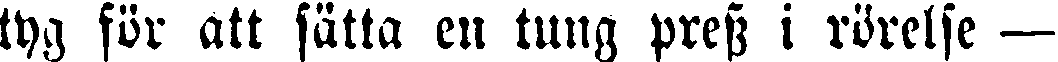
tyg för att sätta en tung press i rörelse —